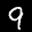
Label: 9